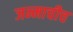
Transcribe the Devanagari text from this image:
जन्माचीच